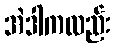
အဲဒါကလည်း